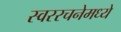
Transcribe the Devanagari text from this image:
स्वररचनेमध्ये